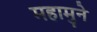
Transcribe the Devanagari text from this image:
महामुने